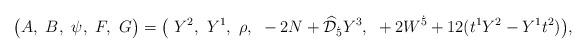
LaTeX: \begin{align*}\big(A,~B,~\psi,~F,~G\big)= \big(~Y^2,~Y^1,~\rho,~-2N+\widehat{\cal D}_{\dot{5}}Y^3, ~+2 W^{\dot{5}}+12(t^1Y^2-Y^1t^2)\big),\end{align*}